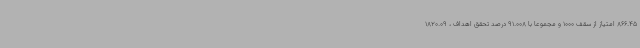
866.45 امتیاز از سقف 1000 و مجموعا با 91.008 درصد تحقق اهداف ، 1820.09